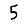
Digit: 5